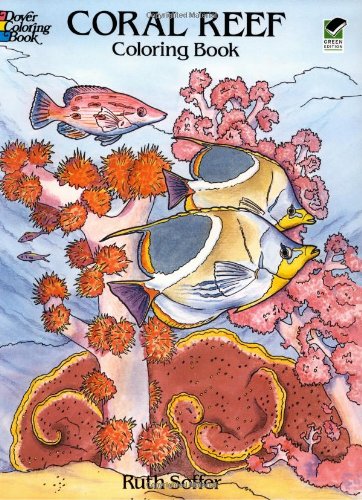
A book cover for Coral Reef Coloring Book (Dover Nature Coloring Book); Ruth Soffer; Children's Books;